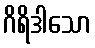
ဂိရိဒါသော